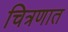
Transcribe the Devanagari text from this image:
चित्रणात